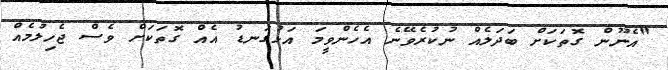
"އެނޫން ގޮތަކަށް ބަދަލެއް ނުކުރެވޭނެ އެހެންވީމަ އަޅުގަނޑު އެއް ގޮތަކަށް ވެސް ޖެހިލުމެއް